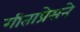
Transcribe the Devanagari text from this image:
गीताप्रेसने